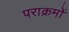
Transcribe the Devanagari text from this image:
पराक्रमों